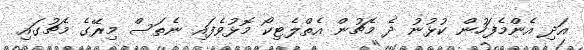
އަދި އެންމެފަހުން ކުޅުނު ދެ މެޗުން އެތްލެޓިކޯ މޮޅުވެފައި ނެތަސް މިރޭގެ މެޗުގައި